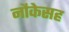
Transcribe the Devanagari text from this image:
नौकेसह